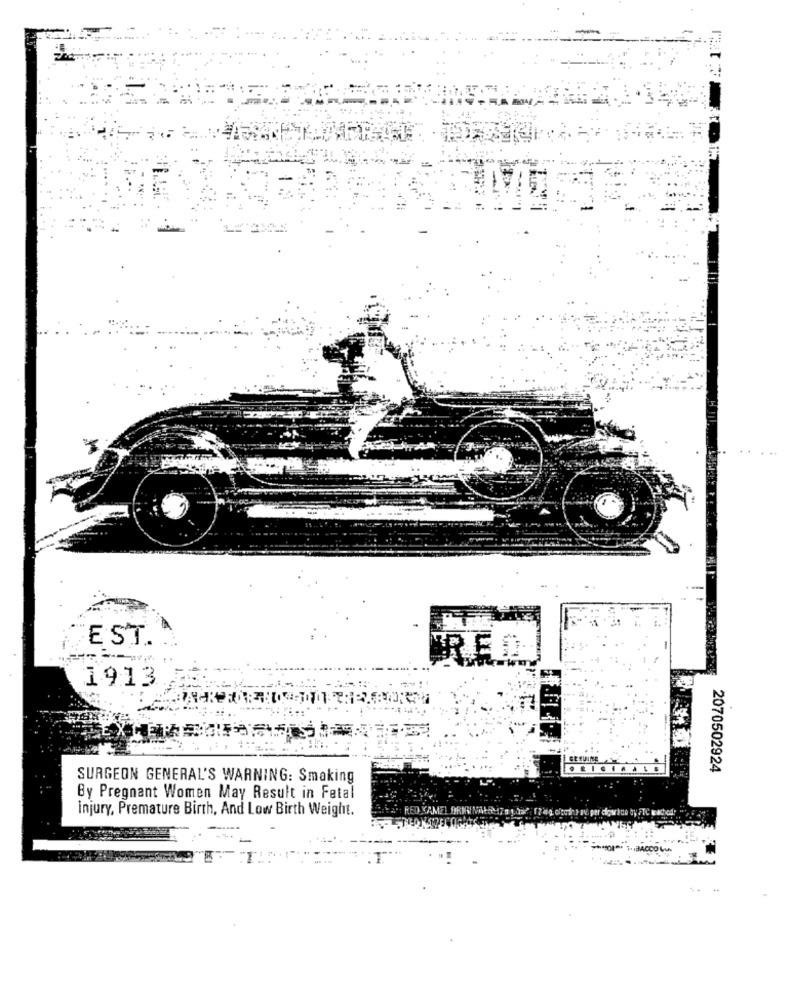
EST.
1913
2070502924
SURGEON GENERAL'S WARNING: Smaking
By Pregnant Women May Result in Fetal
injury, Premature Birth, And Low Birth Weight.